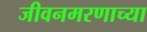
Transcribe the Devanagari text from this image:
जीवनमरणाच्या